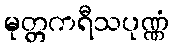
မုတ္တကရီသပုဏ္ဏံ